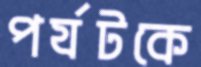
পর্যটকে